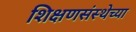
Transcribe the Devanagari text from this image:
शिक्षणसंस्थेच्या